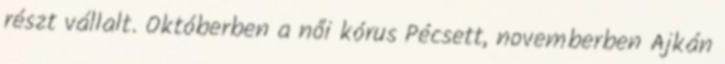
részt vállalt. Októberben a női kórus Pécsett, novemberben Ajkán